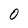
Character: 0